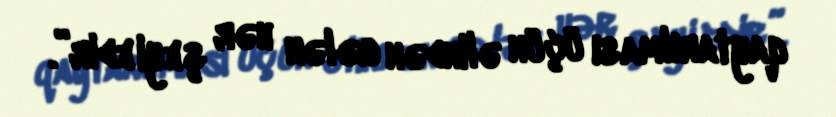
qaytarılması üçün əlindən gələn hər şeyi edir”.